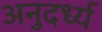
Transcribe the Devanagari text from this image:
अनुदर्ध्य